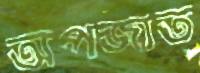
অপজাত